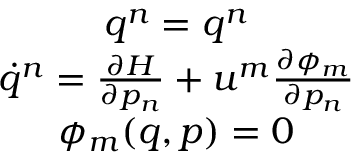
\begin{array} { c } { q ^ { n } = q ^ { n } } \\ { \dot { q } ^ { n } = \frac { \partial H } { \partial p _ { n } } + u ^ { m } \frac { \partial \phi _ { m } } { \partial p _ { n } } } \\ { \phi _ { m } ( q , p ) = 0 } \end{array}